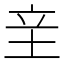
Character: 𰉢